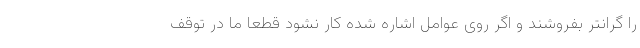
را گرانتر بفروشند و اگر روی عوامل اشاره شده کار نشود قطعا ما در توقف